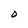
Character: O